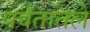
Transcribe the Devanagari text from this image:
पर्वतातले